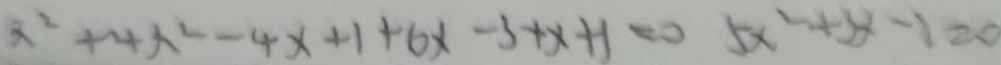
x ^ { 2 } + 4 x ^ { 2 } - 4 x + 1 + 6 x - 3 + x + 1 = 0 5 x ^ { 2 } + 3 x - 1 = 0